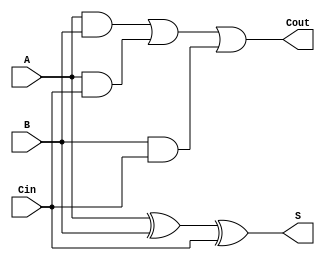
module full_adder(S, Cout, A, B, Cin);
    input A, B, Cin;
    output S, Cout; 
    wire w1, w2, w3;
    xor SUMS(S, A, B, Cin);
    and AND1(w1, A, B);
    and AND2(w2, A, Cin);
    and AND3(w3, B, Cin);
    or(Cout, w1, w2, w3);
endmodule